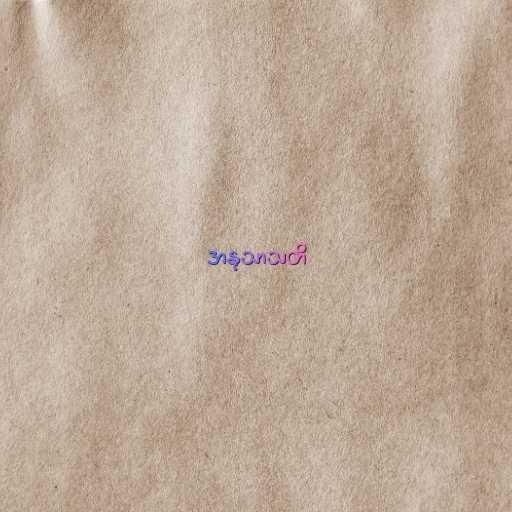
အနုသာသတိ